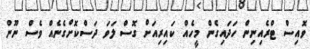
ވޮއިސް ޓްރެއިނިން ހަދައިގެން މީހެއް ކައިރިއަށް ގޮސް ލަވަ ދަސްކޮށްގެނެއް ވެސް ނޫން